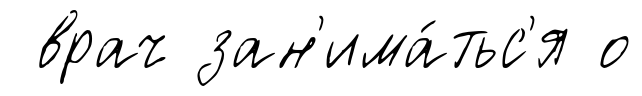
врач зан'има́тьс'я о